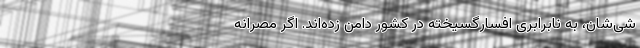
شی‌شان، به نابرابری افسارگسیخته در کشور دامن زده‌اند. اگر مصرّانه